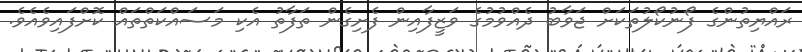
ރައްޔިތުންގެ ފޯނުކޯލުތަކަށް ޖަވާބު ދެއްވުމުގެ ވަޒީފާއިން ފެށިގެން ތަފާތު އެކި މަސައްކަތްތައް ކޮށްފައިވެއެވެ.